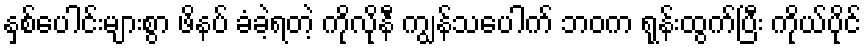
နှစ်ပေါင်းများစွာ ဖိနပ် ခံခဲ့ရတဲ့ ကိုလိုနီ ကျွန်သပေါက် ဘဝက ရုန်းထွက်ပြီး ကိုယ်ပိုင်